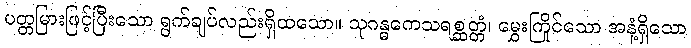
ပတ္တမြားဖြင့်ပြီးသော ရွက်ချပ်လည်းရှိထသော။ သုဂန္ဓကေသရစ္ဆတ္တံ၊ မွှေးကြိုင်သော အနံ့ရှိသော